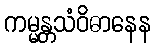
ကမ္မန္တသံဝိဓာနေန